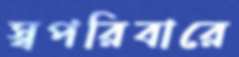
স্বপরিবারে